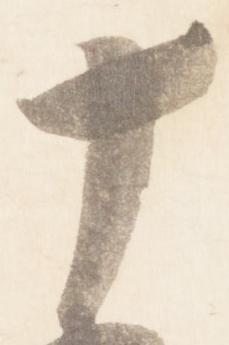
十